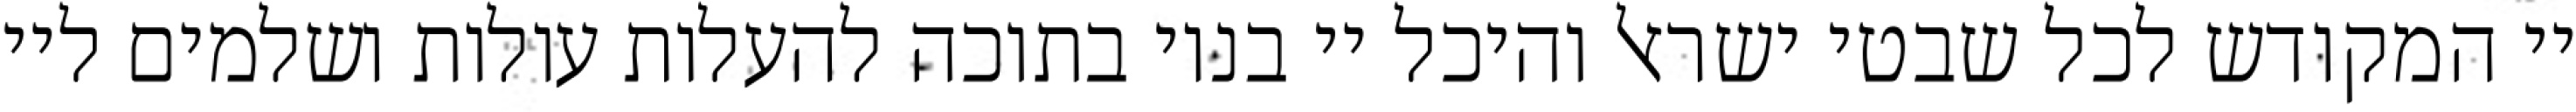
יי המקודש לכל שבטי ישראל והיכל יי בנוי בתוכה להעלות עולות ושלמים ליי